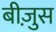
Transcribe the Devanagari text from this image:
बीज़ुस